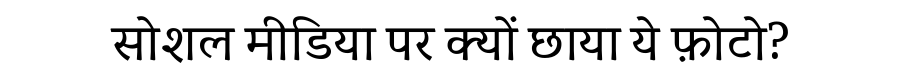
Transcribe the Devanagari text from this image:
सोशल मीडिया पर क्यों छाया ये फ़ोटो?